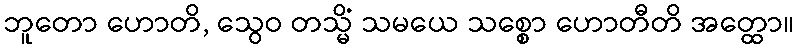
ဘူတော ဟောတိ, သွေဝ တသ္မိံ သမယေ သစ္စော ဟောတီတိ အတ္ထော။